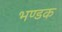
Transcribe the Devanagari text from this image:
भण्डक